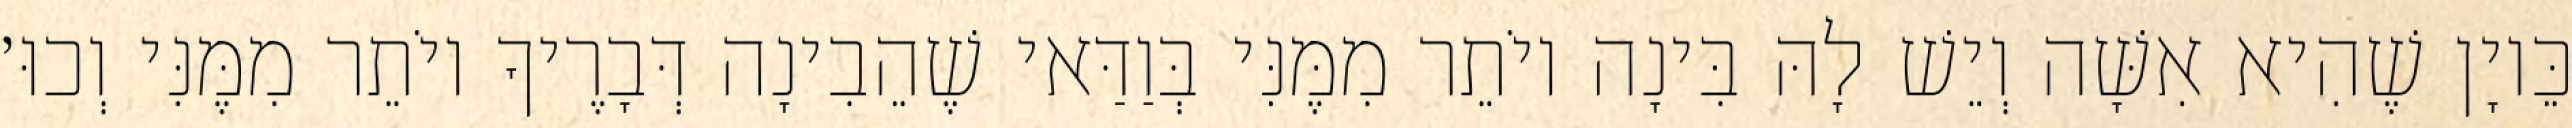
כֵּיוָן שֶׁהִיא אִשָּׁה וְיֵשׁ לָהּ בִּינָה יוֹתֵר מִמֶּנִּי בְּוַדַּאי שֶׁהֵבִינָה דְּבָרֶיךָ יוֹתֵר מִמֶּנִּי וְכוּ׳